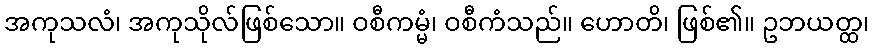
အကုသလံ၊ အကုသိုလ်ဖြစ်သော။ ဝစီကမ္မံ၊ ဝစီကံသည်။ ဟောတိ၊ ဖြစ်၏။ ဥဘယတ္ထ၊